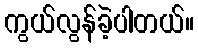
ကွယ်လွန်ခဲ့ပါတယ်။